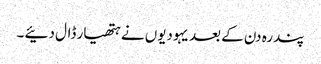
پندرہ دن کے بعد یہودیوں نے ہتھیار ڈال دئیے ۔